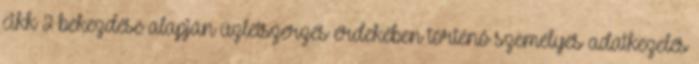
cikk 2 bekezdése alapján üzletszerzés érdekében történő személyes adatkezelés